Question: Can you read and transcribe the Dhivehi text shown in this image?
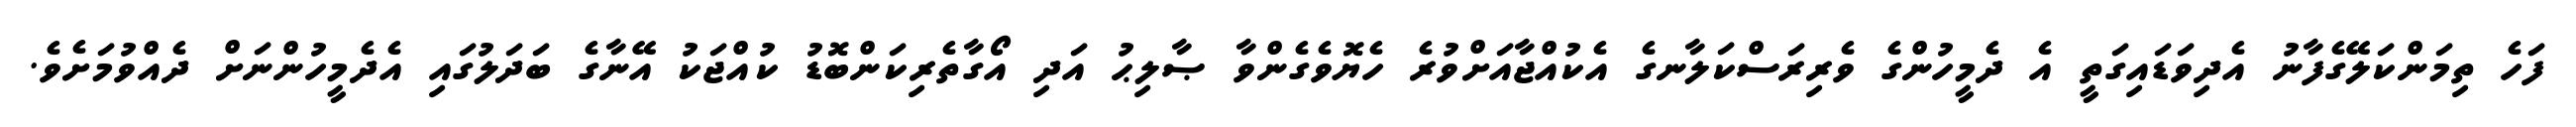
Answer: ފަހެ ތިމަންކަލޭގެފާނު އެދިވަޑައިގަތީ އެ ދެމީހުންގެ ވެރިރަސްކަލާނގެ އެކުއްޖާއަށްވުރެ ހެޔޮވެގެންވާ ޞާލިޙު އަދި އޯގާތެރިކަންބޮޑު ކުއްޖަކު އޭނާގެ ބަދަލުގައި އެދެމީހުންނަށް ދެއްވުމަށެވެ.